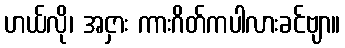
ဟယ်လို၊ အငှား ကားဂိတ်ကပါလားခင်ဗျာ။